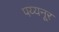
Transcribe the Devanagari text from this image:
पय्यनूर